Scottish Leaving Certificate Examination, 1952
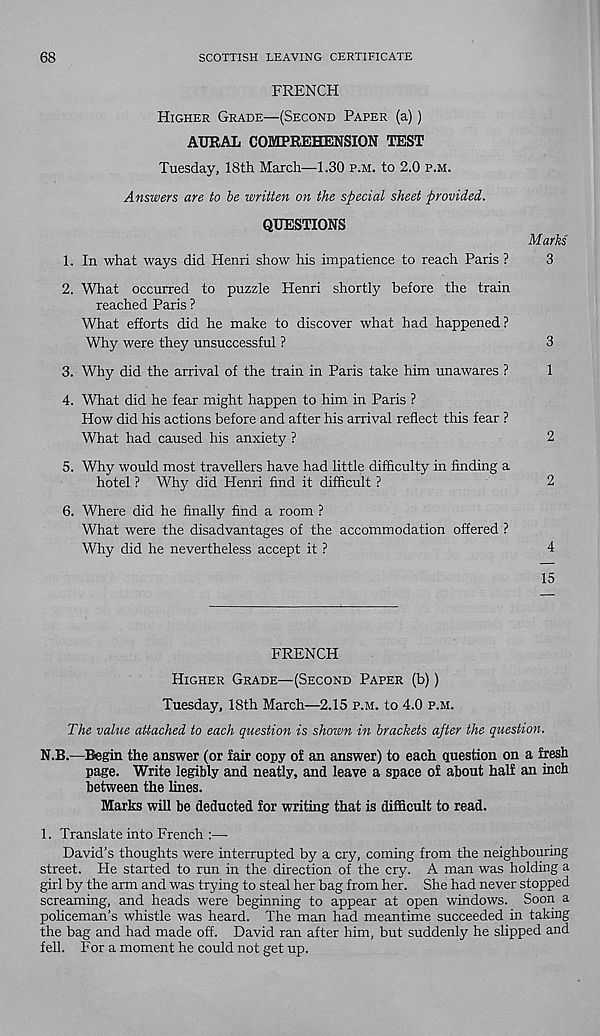
68
SCOTTISH LEAVING CERTIFICATE
FRENCH
Higher Grade—(Second Paper (a))
AURAL COMPREHENSION TEST
Tuesday, 18th March—1.30 p.m. to 2.0 p.m.
Answers are to be written on the special sheet provided.
QUESTIONS
Marks
1. In what ways did Henri show his impatience to reach Paris ?
3
2. What occurred to puzzle Henri shortly before the train
reached Paris ?
What efforts did he make to discover what had happened?
Why were they unsuccessful ?
3
3. Why did the arrival of the train in Paris take him unawares ?
1
4. What did he fear might happen to him in Paris ?
How did his actions before and after his arrival reflect this fear ?
What had caused his anxiety ?
2
5. Why would most travellers have had little difficulty in finding a
hotel ? Why did Henri find it difficult ?
2
6. Where did he finally find a room ?
What were the disadvantages of the accommodation offered ?
Why did he nevertheless accept it ?
4
15
FRENCH
Higher Grade—(Second Paper (b))
Tuesday, 18th March—2.15 p.m. to 4.0 p.m.
The value attached to each question is shown in brackets after the question.
N.B.—Begin the answer (or fair copy of an answer) to each Question on a fresh
page. Write legibly and neatly, and leave a space of about half an inch
between the lines.
Marks will be deducted for writing that is difficult to read.
1. Translate into French :—
David’s thoughts were interrupted by a cry, coming from the neighbouring
street. He started to run in the direction of the cry. A man was holding a
girl by the arm and was trying to steal her bag from her. She had never stopped
screaming, and heads were beginning to appear at open windows. Soon a
policeman’s whistle was heard. The man had meantime succeeded in taking
the bag and had made off. David ran after him, but suddenly he slipped and
fell. For a moment he could not get up.